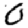
Digit: 0